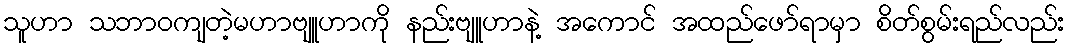
သူဟာ သဘာဝကျတဲ့မဟာဗျူဟာကို နည်းဗျူဟာနဲ့ အကောင် အထည်ဖော်ရာမှာ စိတ်စွမ်းရည်လည်း